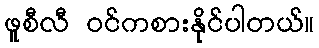
ဖူစီလီ ဝင်ကစားနိုင်ပါတယ်။